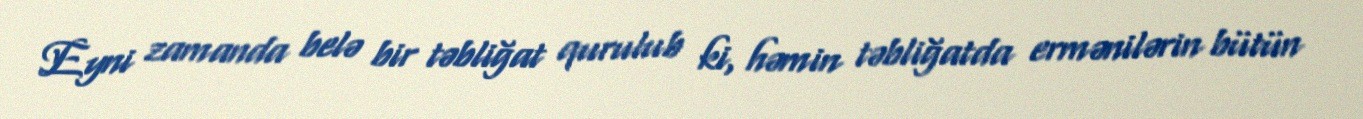
Eyni zamanda belə bir təbliğat qurulub ki, həmin təbliğatda ermənilərin bütün